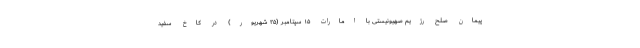
پیمان صلح رژیم صهیونیستی با امارات ۱۵ سپتامبر (۲۵ شهریور) در کاخ سفید